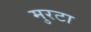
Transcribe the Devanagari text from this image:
मुरटा